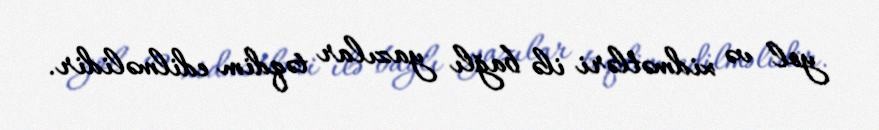
yol və xidmətləri ilə bağlı yazılar təqdim edilməlidir.